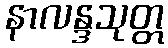
နာလန္ဒသုတ္တ